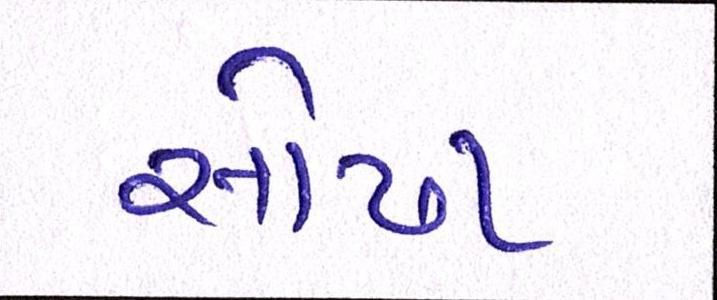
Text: સોઢા